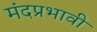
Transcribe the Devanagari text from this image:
मंदप्रभावी